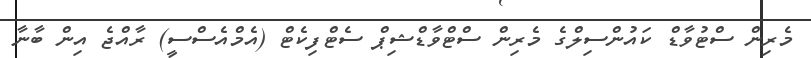
މެރިން ސްޓުވާޑް ކައުންސިލްގެ މެރިން ސްޓްވާޑްޝިޕް ސެޓްފިކެޓް (އެމްއެސްސީ) ރާއްޖެ އިން ބާނާ